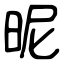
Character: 昵